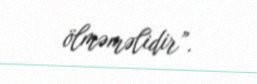
ölməməlidir”.